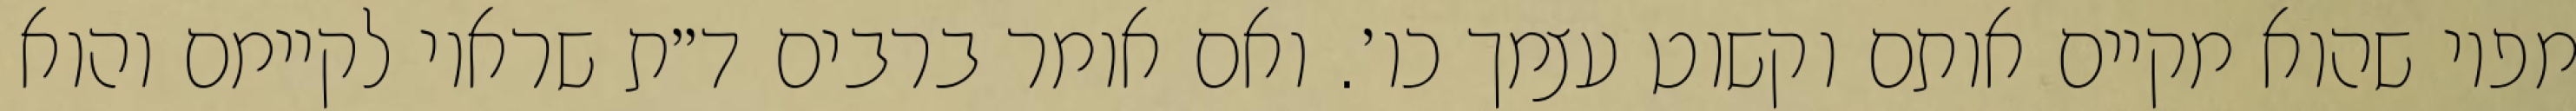
מפיו שהוא מקיים אותם וקשוט עצמך כו׳. ואם אומר ברבים ד״ת שראוי לקיימם והוא